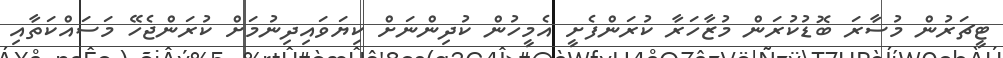
ޓީޗަރުން މުސާރަ ބޮޑުކުރަން މުޒާހަރާ ކުރަންފެށީ އެމީހުން ކުދިންނަށް ކިޔަވައިދިނުމަށް ކުރަންޖެހޭ މަސައްކަތާއި